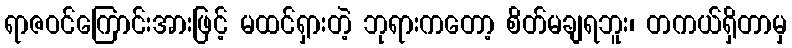
ရာဇဝင်ကြောင်းအားဖြင့် မထင်ရှားတဲ့ ဘုရားကတော့ စိတ်မချရဘူး၊ တကယ်ရှိတာမှ